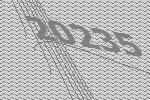
20235